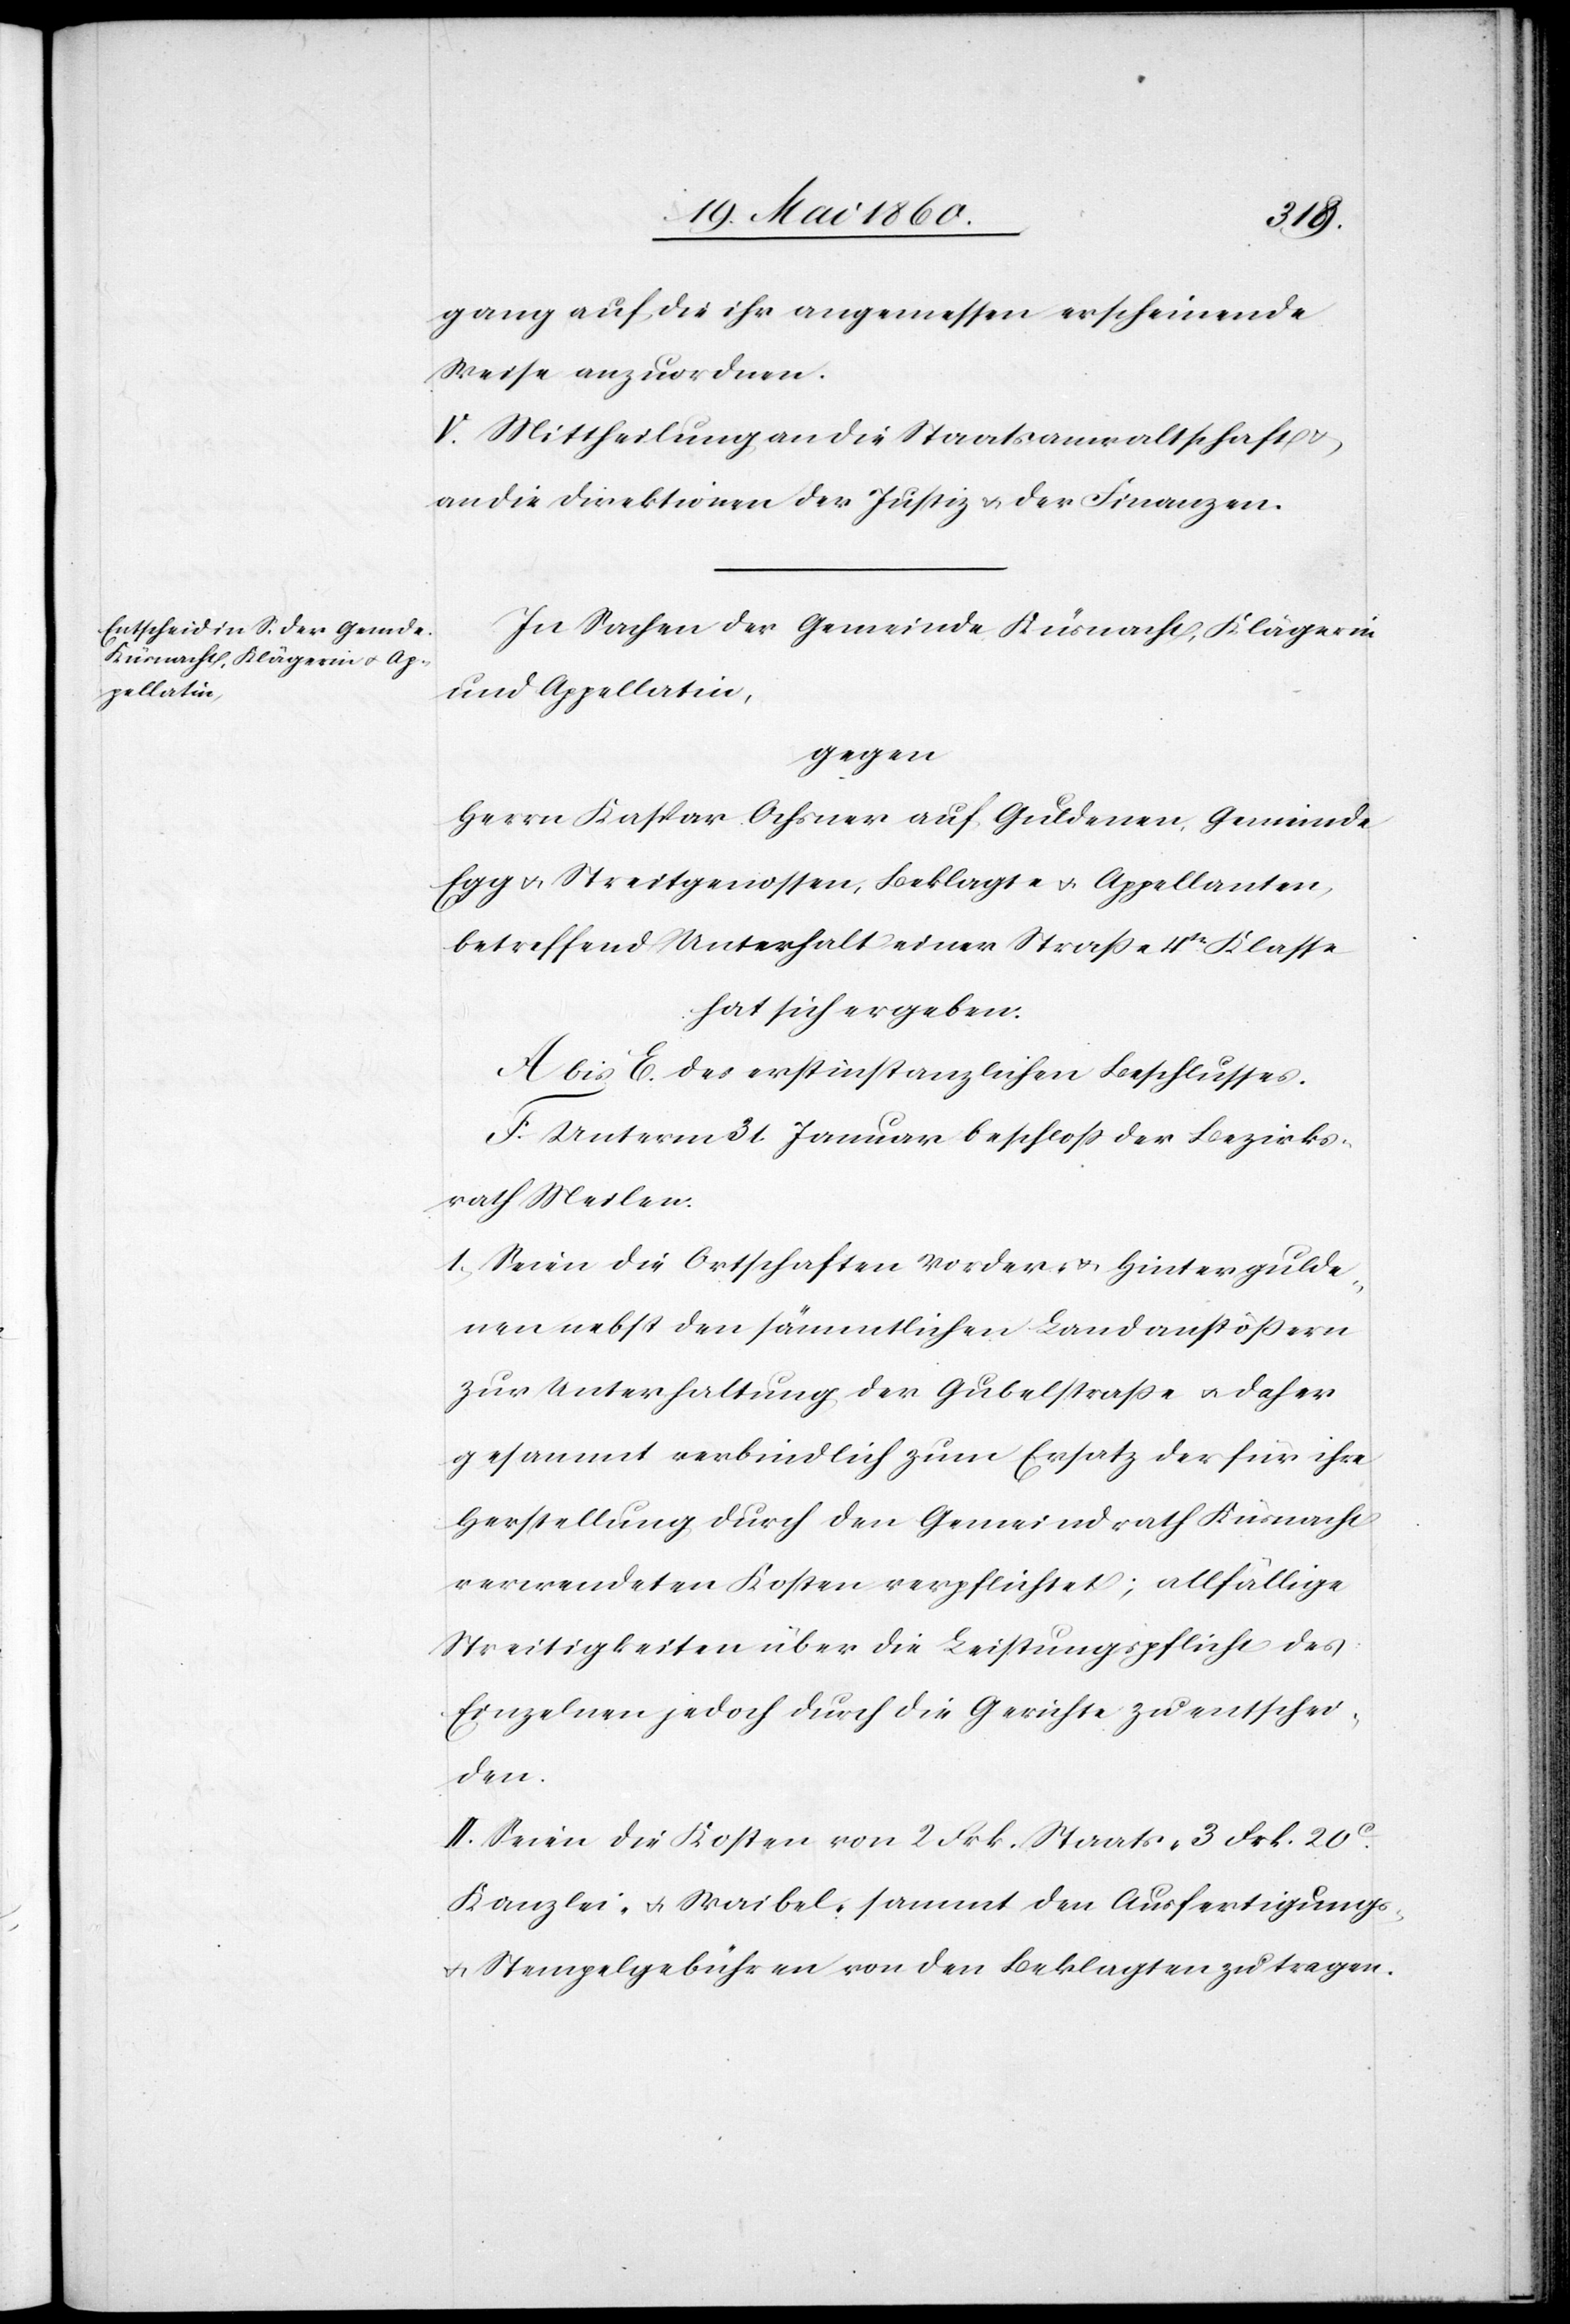
gang auf die ihr angemessen erscheinende
Weise anzuordnen.
V. Mittheilung an die Staatsanwaltschaft u.
an die Direktionen der Justiz u. der Finanzen.
In Sachen der Gemeinde Küsnacht, Klägerin
und Appellatin,
gegen
Herrn Kaspar Ochsner auf Guldenen, Gemeinde
Egg u. Streitgenossen, Beklagte u. Appellanten,
betreffend Unterhalt einer Strasse 4tr Klasse
hat sich ergeben:
A bis E. des erstinstanzlichen Beschlusses
F. Unterm 31. Januar beschloss der Bezirks¬
rath Meilen.
1) Seien die Ortschaften Vorder- u. Hintergulde¬
nen nebst den sämmtlichen Landanstössern
zur Unterhaltung der Gubelstrasse u. daher
gesammt verbindlich zum Ersatz der für ihre
Herstellung durch den Gemeindrath Küsnacht
verwendeten Kosten verpflichtet, allfällige
Streitigkeiten über die Leistungspflicht des
Einzelnen jedoch durch die Gerichte zu entschei¬
den.
II. Seien die Kosten von 2 Frk. Staats- 3 Frk. 20C
Kanzlei- u. Waibel- sammt den Ausfertigungs-
u. Stempelgebühren von den Beklagten zu tragen.